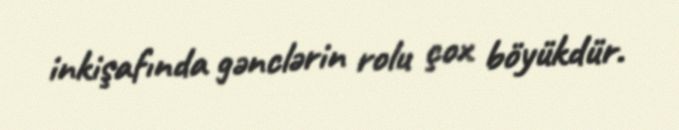
inkişafında gənclərin rolu çox böyükdür.